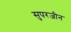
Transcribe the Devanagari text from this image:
सुपरजीन